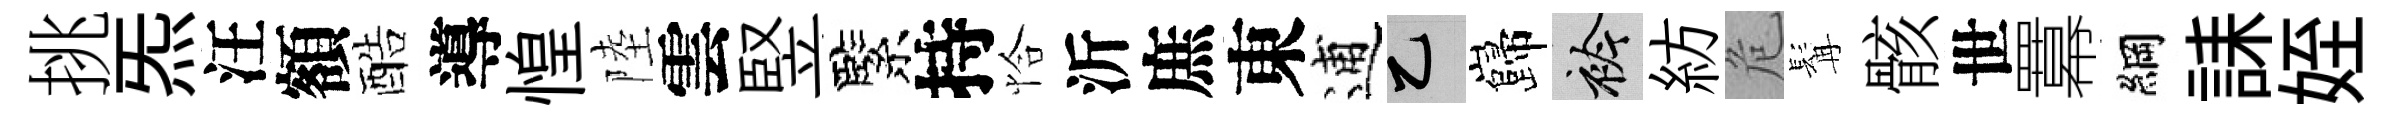
挑炁汪額酷導惶陸雲竪緊持恰沂庶東逋乙巋衿紡危髯骸世羃綱誄姪